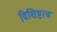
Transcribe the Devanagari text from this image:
विशिष्टत्व